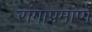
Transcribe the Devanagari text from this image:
रांगाप्रमाणे